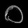
Digit: ၀